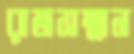
রাজসম্মান